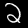
Label: 2